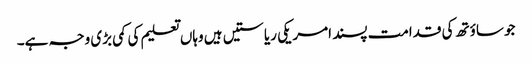
جو ساؤتھ کی قدامت پسند امریکی ریاستیں‌ ہیں وہاں تعلیم کی کمی بڑی وجہ ہے۔